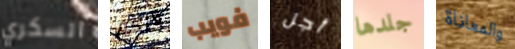
السكري لأنكم فويب أجل جلدها والمعاناة